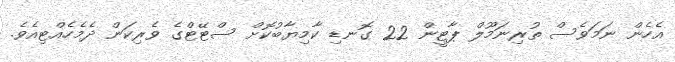
އެހެން ނަމަވެސް ތުރިނަމޫލް ޕާޓީން 22 ގޮނޑި ކާމިޔާބުކޮށް ސްޓޭޓްގެ ވެރިކަން ދެމެހެއްޓިއެވެ.